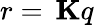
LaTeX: r=\, \mathbf{K}q